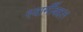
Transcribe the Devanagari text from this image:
स्वामीँबद्दल